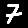
Digit: 7